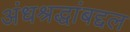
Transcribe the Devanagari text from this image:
अंधश्रद्धांबद्दल